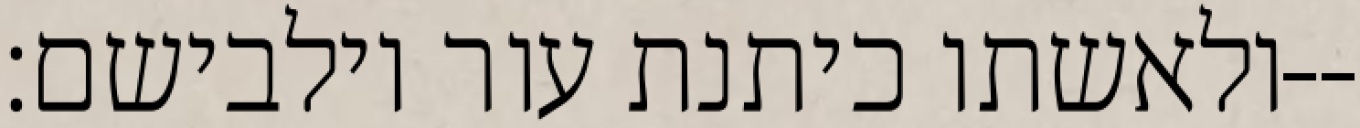
ולאשתו כיתנת עור וילבישם׃--